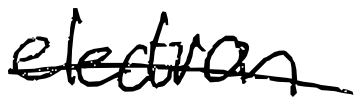
Text: election
Cross-out: mix
Writing tool: digital_black